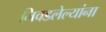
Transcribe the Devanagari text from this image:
निवडलेल्यांना